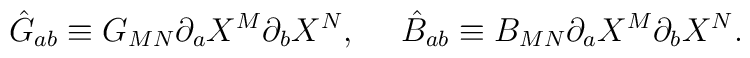
\hat{G}_{ab}\equiv G_{MN}\partial_aX^M\partial_bX^N,\ \ \ \ \hat{B}_{ab}\equiv B_{MN}\partial_aX^M\partial_bX^N.